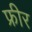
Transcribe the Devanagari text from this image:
फ्रीर